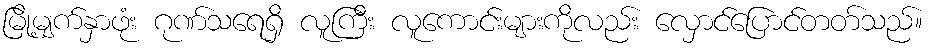
မြို့မျက်နှာဖုံး ဂုဏ်သရေရှိ လူကြီး လူကောင်းများကိုလည်း လှောင်ပြောင်တတ်သည်။